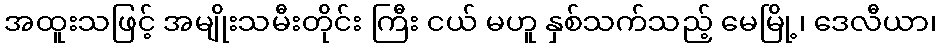
အထူးသဖြင့် အမျိုးသမီးတိုင်း ကြီး ငယ် မဟူ နှစ်သက်သည့် မေမြို့၊ ဒေလီယာ၊